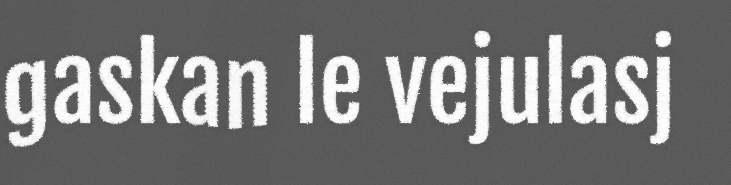
gaskan le vejulasj